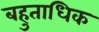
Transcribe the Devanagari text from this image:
बहुताधिक